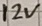
Text: 12V